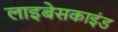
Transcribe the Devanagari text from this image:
लाइबेसकाइंड